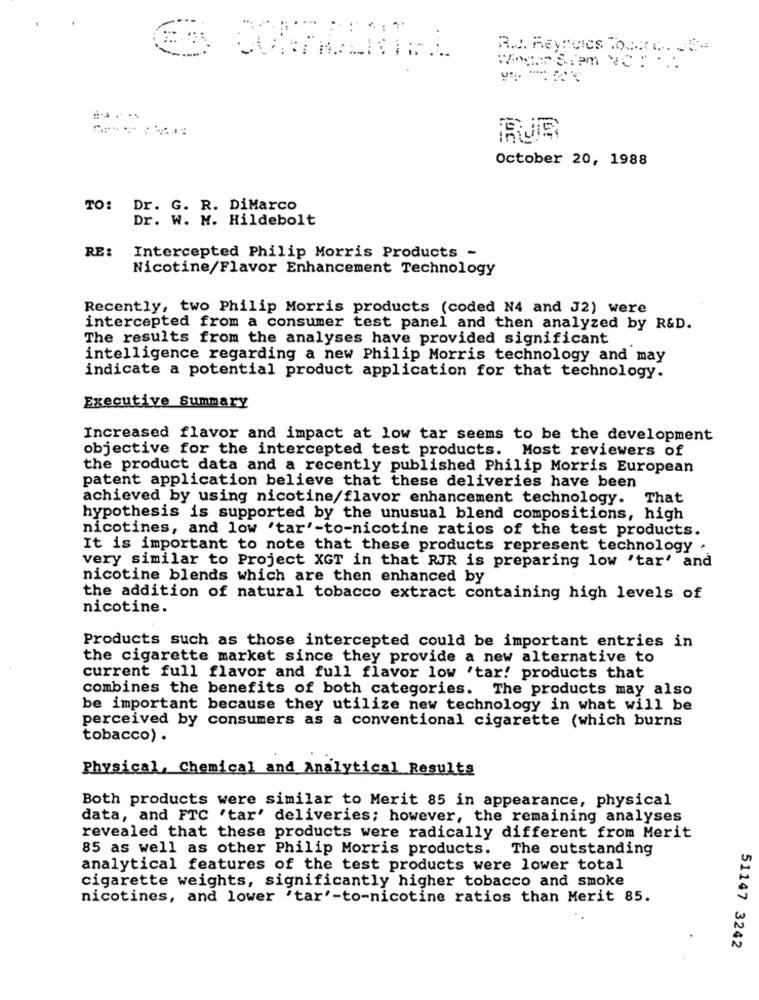
RA. Reynolds TOUR C. de
RUB
October 20, 1988
TO: Dr. G. R. DiMarco
Dr. W. M. Hildebolt
RE:
Intercepted Philip Morris Products -
Nicotine/Flavor Enhancement Technology
Recently, two Philip Morris products (coded N4 and J2) were
intercepted from a consumer test panel and then analyzed by R&D.
The results from the analyses have provided significant
intelligence regarding a new Philip Morris technology and may
indicate a potential product application for that technology.
Executive Summary
Increased flavor and impact at low tar seems to be the development
objective for the intercepted test products. Most reviewers of
the product data and a recently published Philip Morris European
patent application believe that these deliveries have been
achieved by using nicotine/flavor enhancement technology. That
hypothesis is supported by the unusual blend compositions, high
nicotines, and low 'tar'-to-nicotine ratios of the test products.
It is important to note that these products represent technology .
very similar to Project XGT in that RJR is preparing low 'tar' and
nicotine blends which are then enhanced by
the addition of natural tobacco extract containing high levels of
nicotine.
Products such as those intercepted could be important entries in
the cigarette market since they provide a new alternative to
current full flavor and full flavor low 'tar! products that
combines the benefits of both categories. The products may also
be important because they utilize new technology in what will be
perceived by consumers as a conventional cigarette (which burns
tobacco) .
Physical, Chemical and Analytical Results
Both products were similar to Merit 85 in appearance, physical
data, and FTC 'tar' deliveries; however, the remaining analyses
revealed that these products were radically different from Merit
85 as well as other Philip Morris products. The outstanding
analytical features of the test products were lower total
cigarette weights, significantly higher tobacco and smoke
nicotines, and lower 'tar'-to-nicotine ratios than Merit 85.
51147 3242